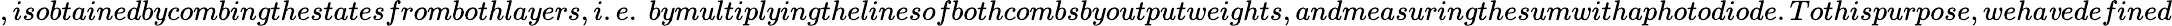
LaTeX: ,isobtainedbycombingthestatesfrombothlayers,i.e.\ bymultiplyingthelinesofbothcombsbyoutputweights,andmeasuringthesumwithaphotodiode.Tothispurpose,weha\mathit{v}edefined